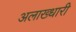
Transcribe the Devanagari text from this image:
अलाख्धारी